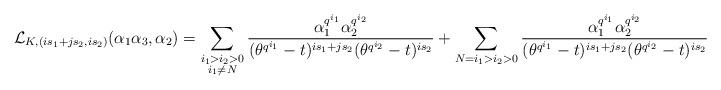
LaTeX: \begin{align*}\mathcal{L}_{K, (is_1+js_2, is_2)}(\alpha_1\alpha_3, \alpha_2)=\sum_{\substack{i_1>i_2>0\\i_1\neq N}}\frac{\alpha_1^{q^{i_1}}\alpha_2^{q^{i_2}}}{(\theta^{q^{i_1}}-t)^{is_1+js_2}(\theta^{q^{i_2}}-t)^{is_2}}+\sum_{N=i_1>i_2>0}\frac{\alpha_1^{q^{i_1}}\alpha_2^{q^{i_2}}}{(\theta^{q^{i_1}}-t)^{is_1+js_2}(\theta^{q^{i_2}}-t)^{is_2}}\end{align*}